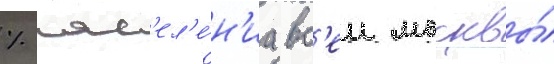
% нас'ел'е́н'иа вс'еи москвы́